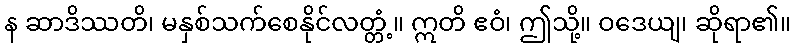
န ဆာဒိဿတိ၊ မနှစ်သက်စေနိုင်လတ္တံ့။ ဣတိ ဧဝံ၊ ဤသို့။ ဝဒေယျ၊ ဆိုရာ၏။